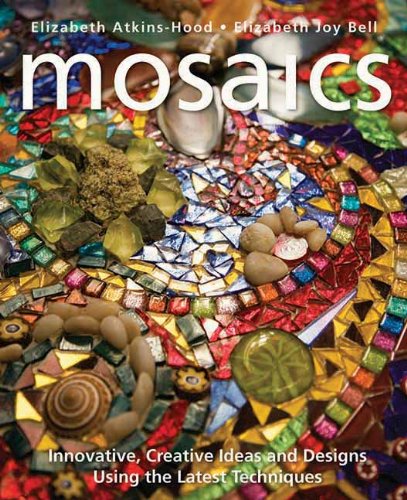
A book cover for Mosaics: Innovative, Creative Ideas and Designs Using the Latest Techniques; Elizabeth Atkins-Hood; Crafts, Hobbies & Home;